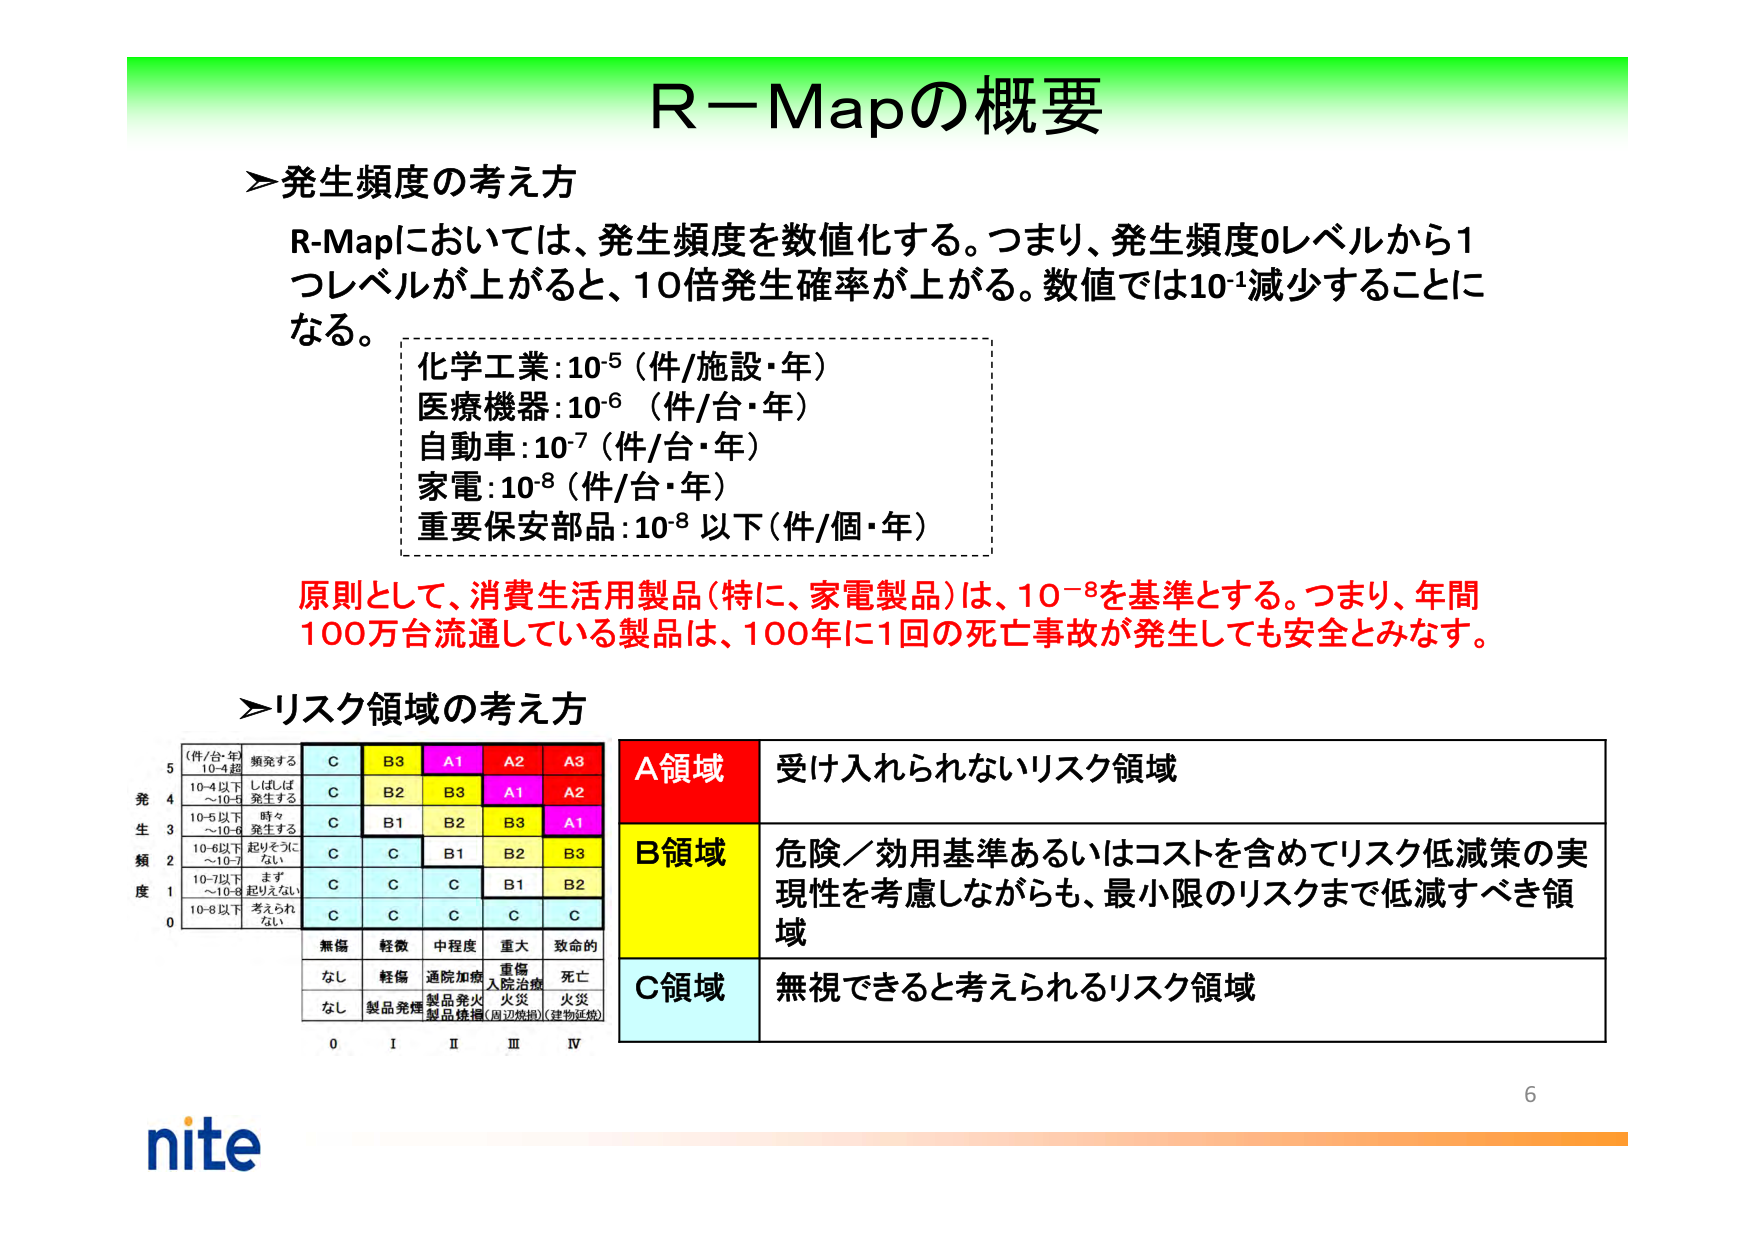
R－Mapの概要

＞発生頻度の考え方

R-Mapにおいては、発生頻度を数値化する。つまり、発生頻度0レベルから1つレベルが上がると、10倍発生確率が上がる。数値では10⁻¹減少することになる。

化学工業：10⁻⁵（件/施設・年）
医療機器：10⁻⁶（件/台・年）
自動車：10⁻⁷（件/台・年）
家電：10⁻⁸（件/台・年）
重要保安部品：10⁻⁸以下（件/個・年）

原則として、消費生活用製品（特に、家電製品）は、10⁻⁸を基準とする。つまり、年間100万台流通している製品は、100年に1回の死亡事故が発生しても安全とみなす。

＞リスク領域の考え方

（件/台・年）
10⁻⁴超
10⁻⁴以下～10⁻⁵
10⁻⁵以下～10⁻⁶
10⁻⁶以下～10⁻⁷
10⁻⁷以下～10⁻⁸
10⁻⁸以下

頻発する
しばしば発生する
時々発生する
起りそうにない
まず起りえない
考えられない

C　B3　A1　A2　A3
C　B2　B3　A1　A2
C　B1　B2　B3　A1
C　C　B1　B2　B3
C　C　C　B1　B2
C　C　C　C　C

無傷　軽微　中程度　重大　致命的
なし　軽傷　通院加療　重傷　死亡
なし　製品発煙　製品発火　入院治療　火災
　　　　製品焼損　（周辺焼損）　（建物延焼）

0　I　II　III　IV

A領域　受け入れられないリスク領域
B領域　危険／効用基準あるいはコストを含めてリスク低減策の実現性を考慮しながらも、最小限のリスクまで低減すべき領域
C領域　無視できると考えられるリスク領域

nite
6